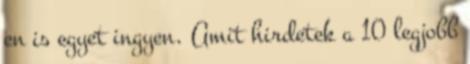
en is egyet ingyen. Amit hirdetek a 10 legjobb